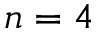
n = 4